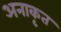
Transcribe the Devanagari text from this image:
अनाकृत